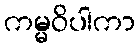
ကမ္မဝိပါကာ